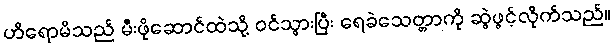
ဟိရောမိသည် မီးဖိုဆောင်ထဲသို့ ဝင်သွားပြီး ရေခဲသေတ္တာကို ဆွဲဖွင့်လိုက်သည်။